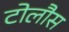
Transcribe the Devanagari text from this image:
टोलौस